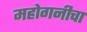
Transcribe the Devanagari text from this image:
महोगनीचा